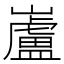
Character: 𫶢